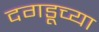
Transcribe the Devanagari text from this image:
दगडूच्या